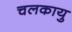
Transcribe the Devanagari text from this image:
चलकायु